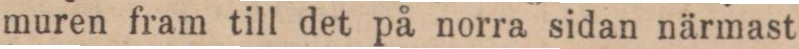
muren fram till det på norra sidan närmast